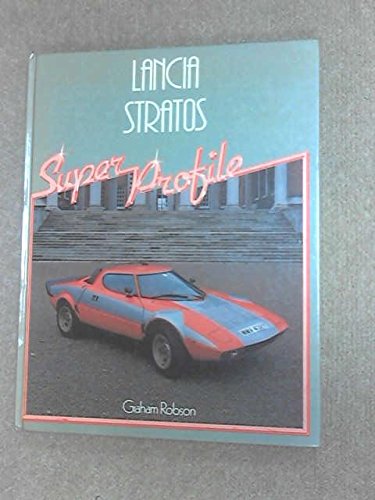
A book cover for Lancia Stratos (Super Profile); Graham Robson; Engineering & Transportation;